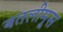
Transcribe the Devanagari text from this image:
बतलीमूस